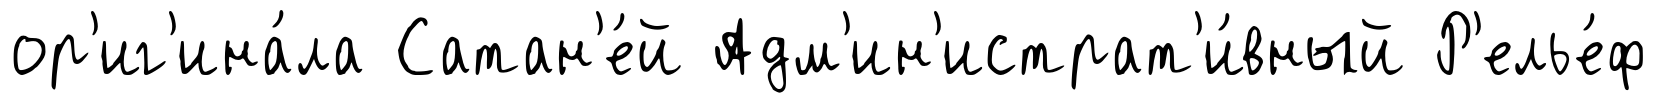
ор'иг'ина́ла Сатан'е́й Адм'ин'истрат'и́вный Р'елье́ф